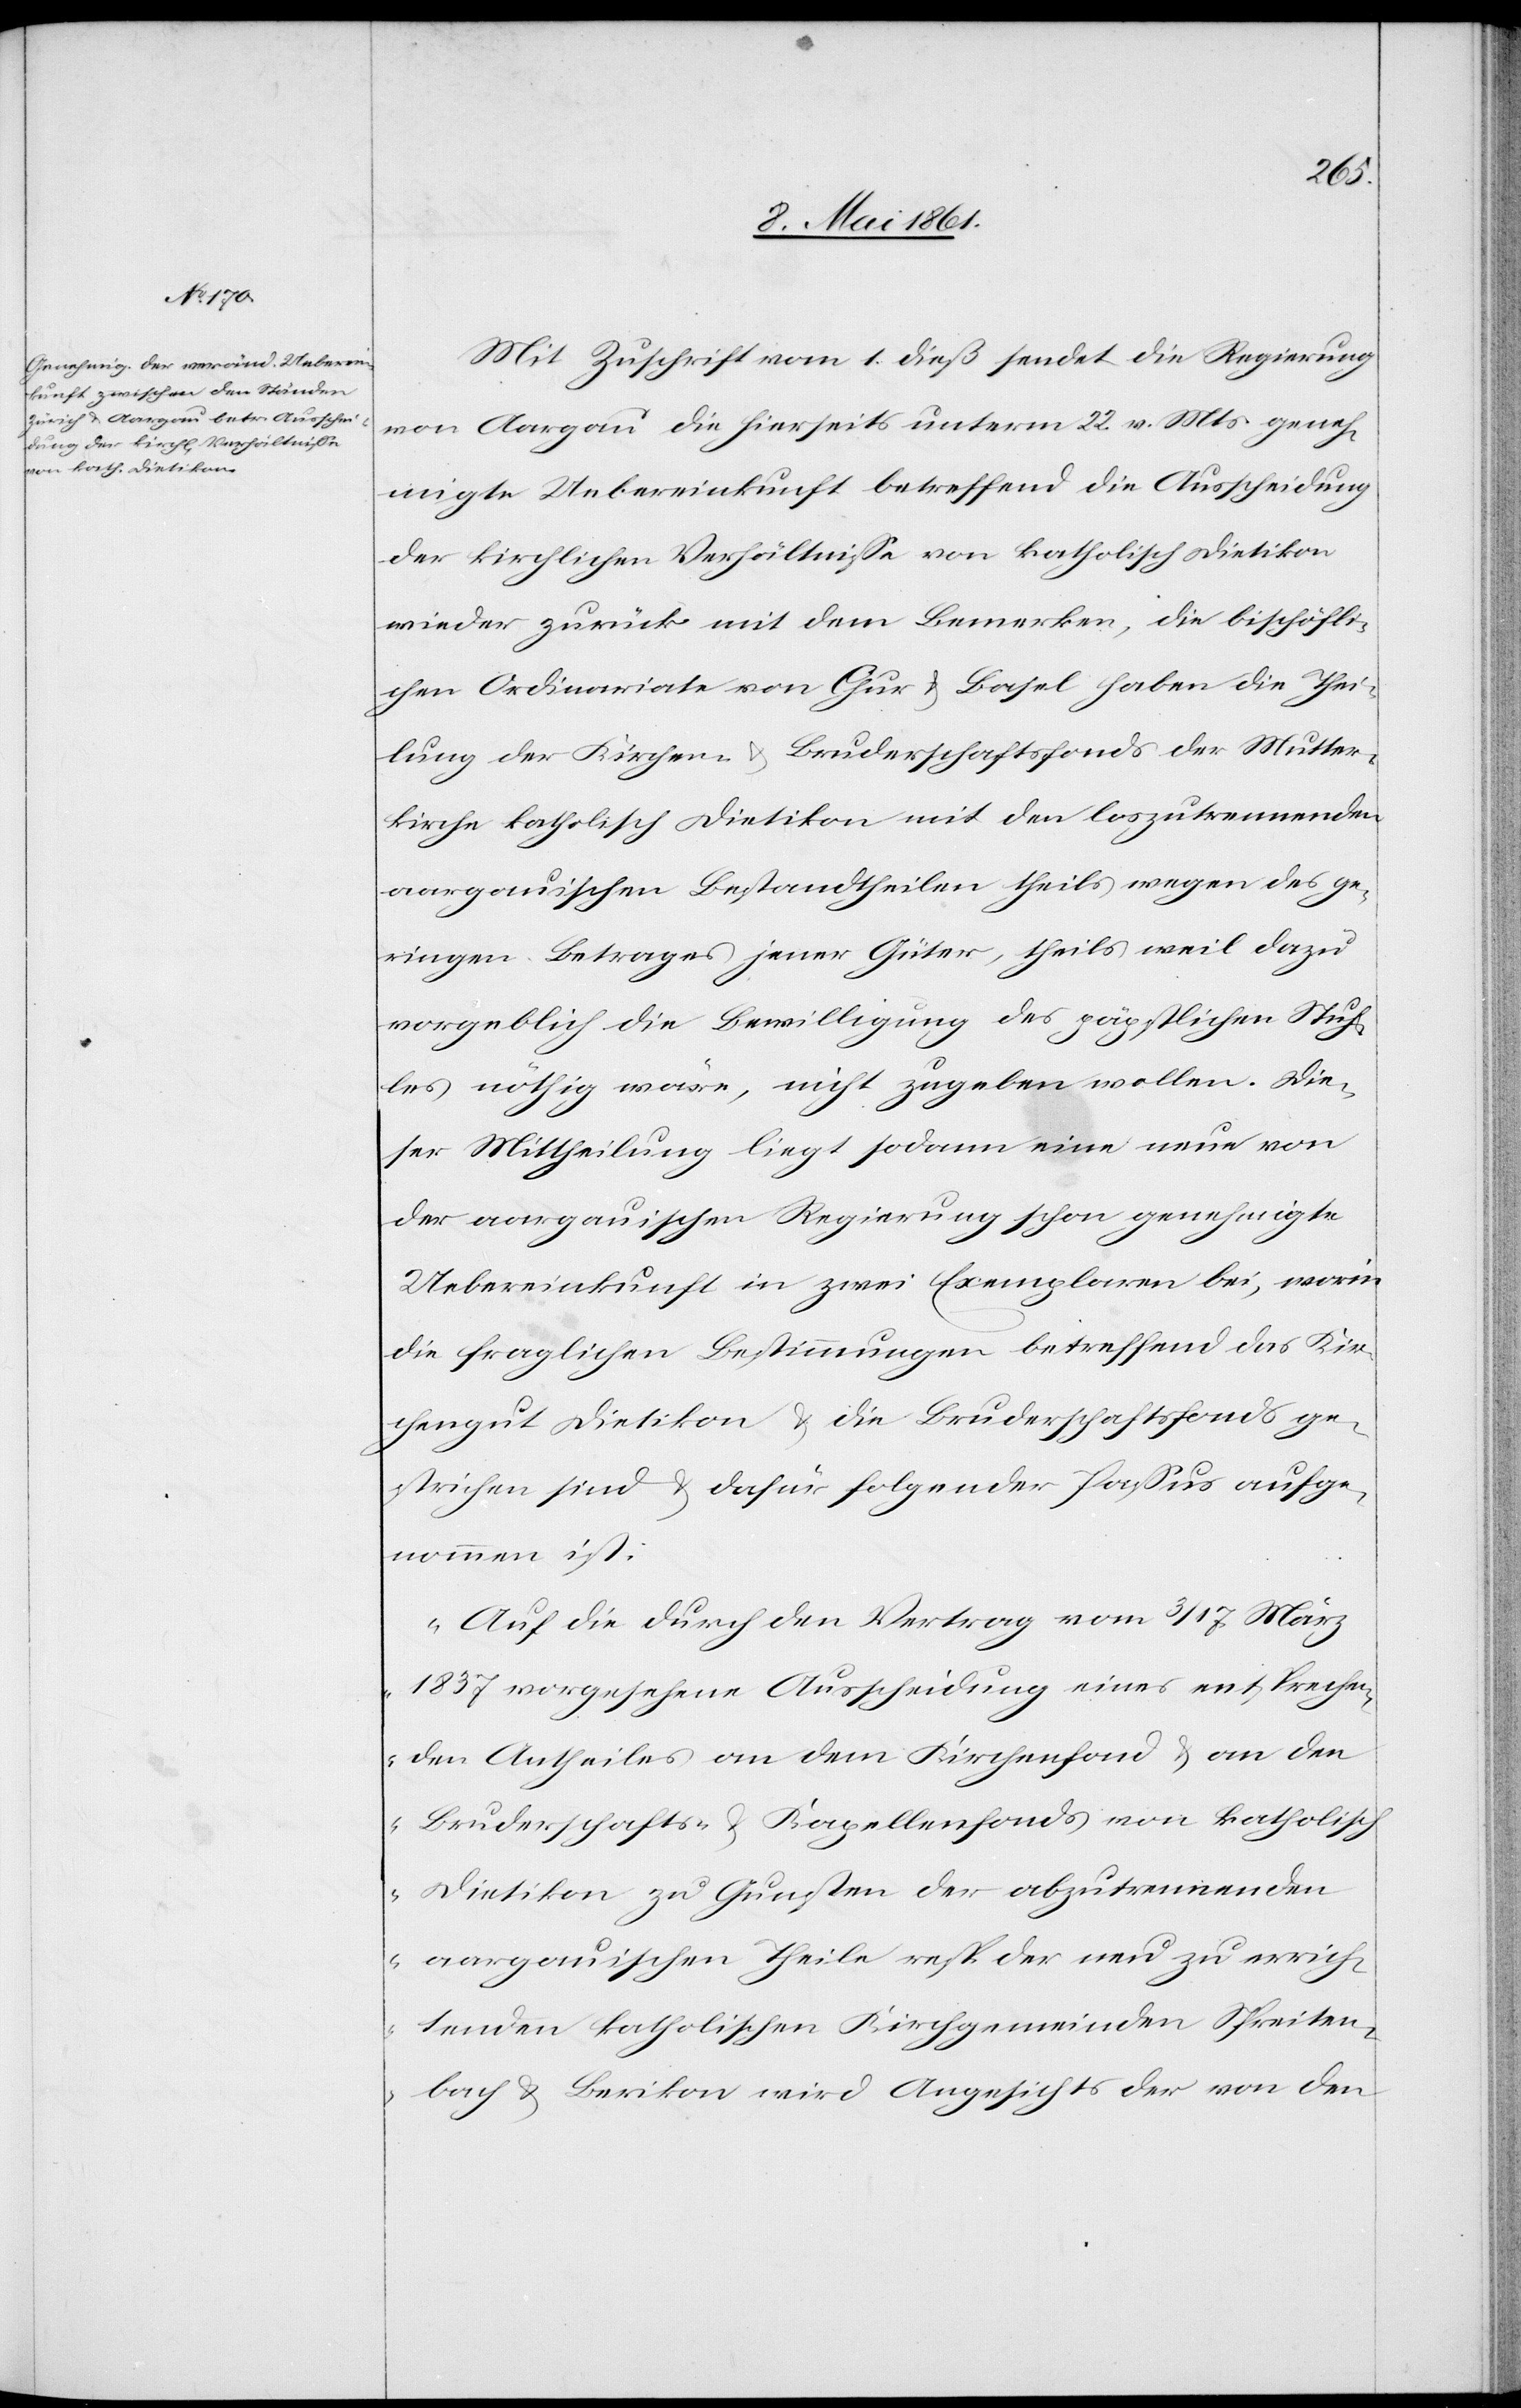
Mit Zuschrift vom 1. dieß sendet die Regierung
von Aargau die hierseits unterm 22. v. Mts. geneh¬
migte Uebereinkunft betreffend die Ausscheidung
der kirchlichen Verhältnisse von katholisch Dietikon
wieder zurück mit dem Bemerken, die bischöfli¬
chen Ordinariate von Chur u. Basel haben die Thei¬
lung der Kirchen- u. Bruderschaftsfonds der Mutter¬
kirche katholisch Dietikon mit den loszutrennenden
aargauischen Bestandtheilen theils wegen des ge¬
ringen Betrages jener Güter, theils weil dazu
vorgeblich die Bewilligung des päpstlichen Stuh¬
les nöthig wäre, nicht zugeben wollen. Die¬
ser Mittheilung liegt sodann eine neue von
der aargauischen Regierung schon genehmigte
Uebereinkunft in zwei Exemplaren bei, worin
die fraglichen Bestimmungen betreffend das Kir¬
chengut Dietikon u. die Bruderschaftsfonds ge¬
strichen sind u. dafür folgender Passus aufge¬
nommen ist:
„Auf die durch den Vertrag vom 3 / 17 März
1837 vorgesehene Ausscheidung eines entsprechen¬
den Antheiles an dem Kirchenfond u. an den
Bruderschafts- u. Kapellenfond von katholisch
Dietikon zu Gunsten der abzutrennenden
aargauischen Theile resp. der neu zu errich¬
tenden katholischen Kirchgemeinden Spreiten¬
bach u. Berikon wird Angesichts der von den